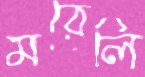
মরেলি